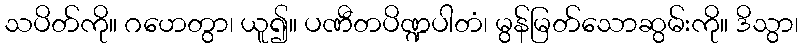
သပိတ်ကို။ ဂဟေတွာ၊ ယူ၍။ ပဏီတပိဏ္ဍပါတံ၊ မွန်မြတ်သောဆွမ်းကို။ ဒိသွာ၊